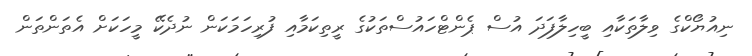
ނިއުޔޯކްގެ ވިލާތަކާއި ބީހިލާފަދަ އުސް ޕެންޓްހައުސްތަކުގެ ރީތިކަމާއި ފުރިހަމަކަން ނުދެކޭ މީހަކަށް އެތަންތަން